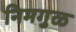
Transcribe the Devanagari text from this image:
निमगुळ